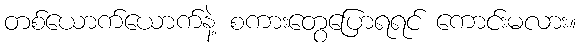
တစ်ယောက်ယောက်နဲ့ စကားတွေပြောရရင် ကောင်းမလား။